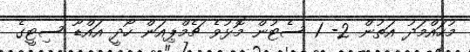
މުހައްމަދު އަތުން 2- 1 ސެޓުން މޮޅުވެ ޗެމްޕިއަން ހޯދީ އައްޑޫ ސިޓީގެ